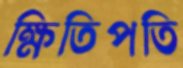
ক্ষিতিপতি